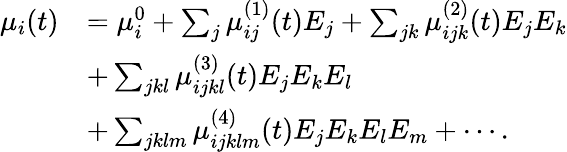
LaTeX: \begin{array}{rl}{\mu_{i}(t)}&{=\mu_{i}^{0}+\sum_{j}\mu_{ij}^{(1)}(t)E_{j}+\sum_{jk}\mu_{ijk}^{(2)}(t)E_{j}E_{k}}\\ &{+\sum_{jkl}\mu_{ijkl}^{(3)}(t)E_{j}E_{k}E_{l}}\\ &{+\sum_{jklm}\mu_{ijklm}^{(4)}(t)E_{j}E_{k}E_{l}E_{m}+\cdots.}\end{array}